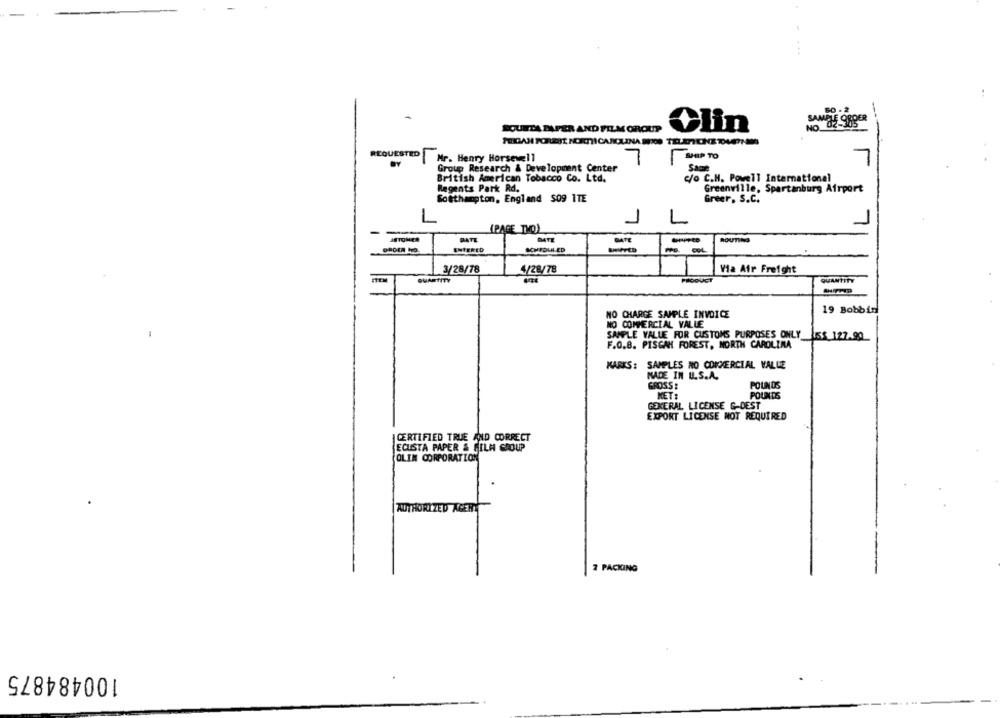
50 . 2
SANTOS ORDER
SOUSTA PAPER AND FILM GROUP
Clin
REQUESTED
Mr. Henry Horsewell
SEP TO
BY
Group Research & Development Center
Same
British American Tobacco Co. Ltd.
c/o C.H. Powell International
Regents Park Rd.
Greenville, Spartanburg Airport
Southampton, England $09 ITE
Greer, S.C.
1
1
(PAGE TWO)
-
DATE
DATE
ROUTING
ENTERED
SCHEDULED
-
3/28/78
4/28/78
Via Air Freight
QUANTITY
QUANTITY
19 Bobbin
NO CHARGE SAMPLE INVOICE
NO COMMERCIAL VALLE
SAMPLE VALUE FOR CUSTOMS PURPOSES ONLY
JES 127.90
F.O.8. PISGAH FOREST, NORTH CAROLINA
MARKS: SAMPLES NO COMMERCIAL VALUE
MADE IN U.S.A.
GROSS :
POUNDS
NET:
POUNDS
GENERAL LICENSE G-DEST
EXPORT LICENSE NOT REQUIRED
CERTIFIED TRUE AND CORRECT
ECUSTA PAPER & FILH GROUP
OLIN CORPORATION
AUTHORIZED AGERY
2 PACKING
100484875